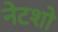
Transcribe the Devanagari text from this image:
नेटशो